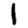
Digit: 1